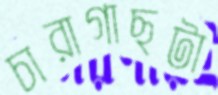
চারাগাছটা